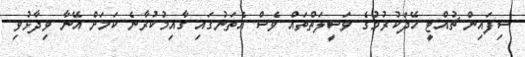
ސިފައިން ޗުއްޓީ ހޭދަކުރުމުގެ ވަސީލަތްތައް ވެސް އެތަނުގައި ގާއިމުކުރާނެ ކަމަށް އޭނާ ވިދާޅުވި